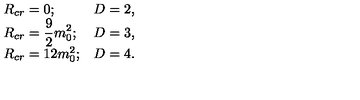
\begin{array} { l l } { R _ { c r } = 0 ; } & { D = 2 , } \\ { \displaystyle R _ { c r } = \frac { 9 } { 2 } m _ { 0 } ^ { 2 } ; } & { D = 3 , } \\ { R _ { c r } = 1 2 m _ { 0 } ^ { 2 } ; } & { D = 4 . } \\ \end{array}